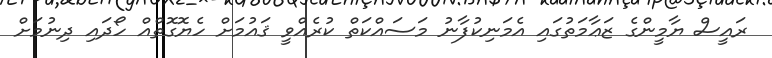
ރައީސް ޔާމީންގެ ޒަޢާމަތުގައި އެމަނިކުފާނު މަސައްކަތް ކުރެއްވީ ޤައުމަށް ހެޔޮގޮތްއް ހޯދައި ދިނުމަށް